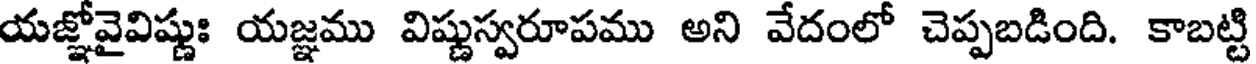
యజ్ఞోవైవిష్ణుః యజ్ఞము విష్ణుస్వరూపము అని వేదంలో చెప్పబడింది. కాబట్టి